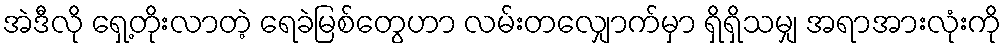
အဲဒီလို ရှေ့တိုးလာတဲ့ ရေခဲမြစ်တွေဟာ လမ်းတလျှောက်မှာ ရှိရှိသမျှ အရာအားလုံးကို